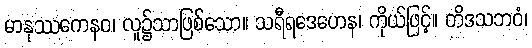
မာနုဿကေနဝ၊ လူ၌သာဖြစ်သော။ သရီရဒေဟေန၊ ကိုယ်ဖြင့်။ တိဒသဘဝံ၊